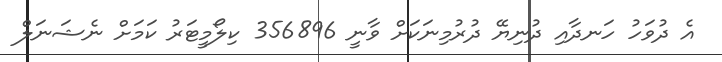
އެ ދުވަހު ހަނދާއި ދުނިޔޭ ދުރުމިނަކަށް ވާނީ 356896 ކިލޯމީޓަރު ކަމަށް ނެޝަނަލް